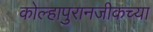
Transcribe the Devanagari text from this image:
कोल्हापुरानजीकच्या